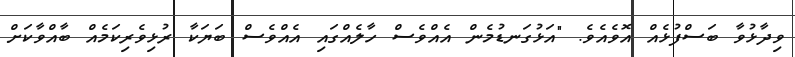
ވިދާޅުވާ ބަސްފުޅެއް އޮވެއެވެ. "އަޅުގަނޑުމެން އެއްވެސް ހާލެއްގައި އެއްވެސް ބަޔަކާ ރުޅިވެރިކަމެއް ބާއްވާކަށް